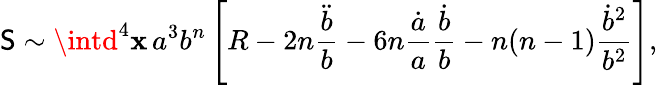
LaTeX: \mathsf{S}\sim\intd^{4}\mathbf{x}\, a^{3}b^{n}\left[R-2n\frac{{\ddot{{b}}}}{{b}}-6n\frac{{\dot{{a}}}}{{a}}\frac{{\dot{{b}}}}{{b}}-n(n-1)\frac{{\dot{{b}}^{2}}}{{b^{2}}}\right],